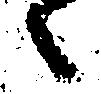
々